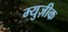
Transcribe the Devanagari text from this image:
म्युज़ीक